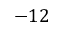
- 1 2